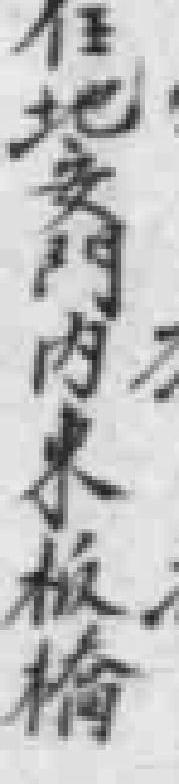
住地安門內東板橋